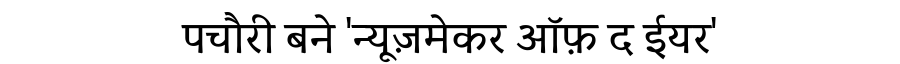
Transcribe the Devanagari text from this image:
पचौरी बने 'न्यूज़मेकर ऑफ़ द ईयर'